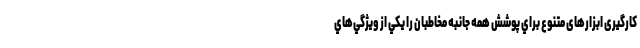
کارگیری ابزارهای متنوع براي پوشش همه جانبه مخاطبان را يکي از ويژگي‌هاي